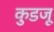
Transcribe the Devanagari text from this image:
कुडजू